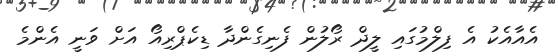
އެއާއެކު އެ ފިލްމުގައި ލީދް ރޯލުން ފެނިގެންދާ ޑިކެޕްރިއޯ އަށް ވަނީ އެންމެ